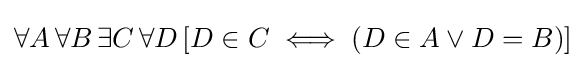
\forall A\,\forall B\,\exists C\,\forall D\,[D\in C\iff (D\in A\lor D=B)]